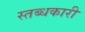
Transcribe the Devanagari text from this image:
स्‍तब्‍धकारी